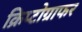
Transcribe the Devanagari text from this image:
क्रिप्टोग्राफर